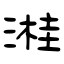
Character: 溎